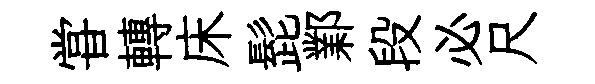
甞轉床髭鄴段必尺